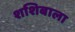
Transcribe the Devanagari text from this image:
शशिबाला